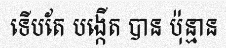
ទើបតែ បង្កើត បាន ប៉ុន្មាន